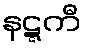
နဋ္ဋကီ